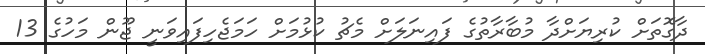
ދާގޮތަށް ކުރިޔަށްދާ މުބާރާތުގެ ފައިނަލަށް މެޗު ކުޅުމަށް ހަމަޖެހިފައިވަނީ ޖޫން މަހުގެ 13